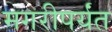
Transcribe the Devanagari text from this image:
मगरीपर्यंत